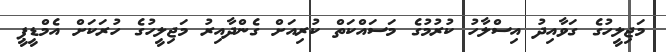
މަޖިލީހުގެ ގަވާއިދު އިސްލާހު ކުރުމުގެ މަސައްކަތް ކުރިއަށް ގެންދާއިރު މަޖިލީހުގެ ހުރަކަށް އެމްޑީޕީ